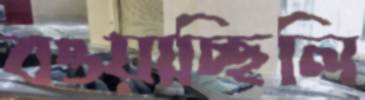
বওয়াচ্ছিলি